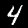
Label: 4